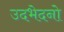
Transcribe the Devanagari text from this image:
उदभेदनो